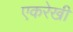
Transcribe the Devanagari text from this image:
एकरेखी